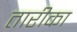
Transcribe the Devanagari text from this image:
तारीका